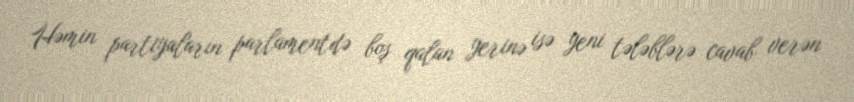
Həmin partiyaların parlamentdə boş qalan yerinə isə yeni tələblərə cavab verən